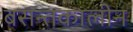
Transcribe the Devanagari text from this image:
बसन्तकालीन